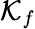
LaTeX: \mathcal{K}_{f}